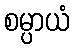
စမ္ပာယံ